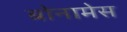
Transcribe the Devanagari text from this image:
बोनामेस